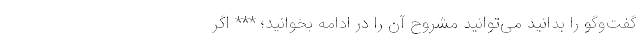
گفت‌وگو را بدانید می‌توانید مشروح آن را در ادامه بخوانید؛ *** اگر